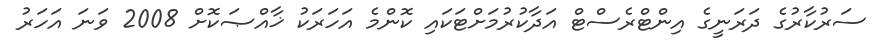
ސަރުކާރުގެ ދަރަނީގެ އިންޓްރެސްޓް އަދާކުރުމަށްޓަކައި ކޮންމެ އަހަރަކު ޚާއްޞަކޮށް 2008 ވަނަ އަހަރު